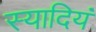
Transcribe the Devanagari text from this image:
स्यादियं